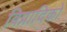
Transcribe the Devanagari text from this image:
विप्रादिको